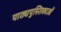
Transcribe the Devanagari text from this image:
पाठ्यपुस्तिकाओं